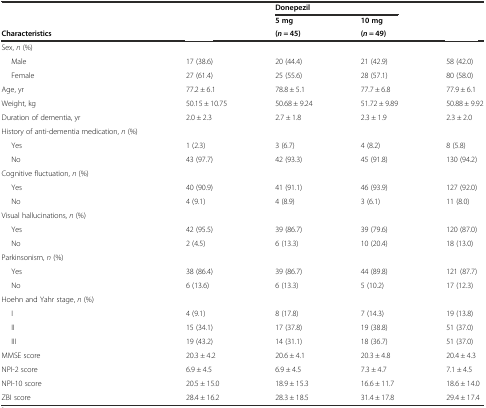
<table><thead><tr><td>[EMPTY_CELL]</td><td>[EMPTY_CELL]</td><td colspan="2"><b>Donepezil</b></td><td>[EMPTY_CELL]</td></tr><tr><td>[EMPTY_CELL]</td><td>[EMPTY_CELL]</td><td><b>5 mg</b></td><td><b>10 mg</b></td><td>[EMPTY_CELL]</td></tr><tr><td><b>Characteristics</b></td><td>[EMPTY_CELL]</td><td><b>(<i>n</i> = 45)</b></td><td><b>(<i>n</i> = 49)</b></td><td>[EMPTY_CELL]</td></tr></thead><tbody><tr><td>Sex, <i>n</i> (%)</td><td>[EMPTY_CELL]</td><td>[EMPTY_CELL]</td><td>[EMPTY_CELL]</td><td>[EMPTY_CELL]</td></tr><tr><td>Male</td><td>17 (38.6)</td><td>20 (44.4)</td><td>21 (42.9)</td><td>58 (42.0)</td></tr><tr><td>Female</td><td>27 (61.4)</td><td>25 (55.6)</td><td>28 (57.1)</td><td>80 (58.0)</td></tr><tr><td>Age, yr</td><td>77.2 ± 6.1</td><td>78.8 ± 5.1</td><td>77.7 ± 6.8</td><td>77.9 ± 6.1</td></tr><tr><td>Weight, kg</td><td>50.15 ± 10.75</td><td>50.68 ± 9.24</td><td>51.72 ± 9.89</td><td>50.88 ± 9.92</td></tr><tr><td>Duration of dementia, yr</td><td>2.0 ± 2.3</td><td>2.7 ± 1.8</td><td>2.3 ± 1.9</td><td>2.3 ± 2.0</td></tr><tr><td>History of anti-dementia medication, <i>n</i> (%)</td><td>[EMPTY_CELL]</td><td>[EMPTY_CELL]</td><td>[EMPTY_CELL]</td><td>[EMPTY_CELL]</td></tr><tr><td>Yes</td><td>1 (2.3)</td><td>3 (6.7)</td><td>4 (8.2)</td><td>8 (5.8)</td></tr><tr><td>No</td><td>43 (97.7)</td><td>42 (93.3)</td><td>45 (91.8)</td><td>130 (94.2)</td></tr><tr><td>Cognitive fluctuation, <i>n</i> (%)</td><td>[EMPTY_CELL]</td><td>[EMPTY_CELL]</td><td>[EMPTY_CELL]</td><td>[EMPTY_CELL]</td></tr><tr><td>Yes</td><td>40 (90.9)</td><td>41 (91.1)</td><td>46 (93.9)</td><td>127 (92.0)</td></tr><tr><td>No</td><td>4 (9.1)</td><td>4 (8.9)</td><td>3 (6.1)</td><td>11 (8.0)</td></tr><tr><td>Visual hallucinations, <i>n</i> (%)</td><td>[EMPTY_CELL]</td><td>[EMPTY_CELL]</td><td>[EMPTY_CELL]</td><td>[EMPTY_CELL]</td></tr><tr><td>Yes</td><td>42 (95.5)</td><td>39 (86.7)</td><td>39 (79.6)</td><td>120 (87.0)</td></tr><tr><td>No</td><td>2 (4.5)</td><td>6 (13.3)</td><td>10 (20.4)</td><td>18 (13.0)</td></tr><tr><td>Parkinsonism, <i>n</i> (%)</td><td>[EMPTY_CELL]</td><td>[EMPTY_CELL]</td><td>[EMPTY_CELL]</td><td>[EMPTY_CELL]</td></tr><tr><td>Yes</td><td>38 (86.4)</td><td>39 (86.7)</td><td>44 (89.8)</td><td>121 (87.7)</td></tr><tr><td>No</td><td>6 (13.6)</td><td>6 (13.3)</td><td>5 (10.2)</td><td>17 (12.3)</td></tr><tr><td>Hoehn and Yahr stage, <i>n</i> (%)</td><td>[EMPTY_CELL]</td><td>[EMPTY_CELL]</td><td>[EMPTY_CELL]</td><td>[EMPTY_CELL]</td></tr><tr><td>I</td><td>4 (9.1)</td><td>8 (17.8)</td><td>7 (14.3)</td><td>19 (13.8)</td></tr><tr><td>II</td><td>15 (34.1)</td><td>17 (37.8)</td><td>19 (38.8)</td><td>51 (37.0)</td></tr><tr><td>III</td><td>19 (43.2)</td><td>14 (31.1)</td><td>18 (36.7)</td><td>51 (37.0)</td></tr><tr><td>MMSE score</td><td>20.3 ± 4.2</td><td>20.6 ± 4.1</td><td>20.3 ± 4.8</td><td>20.4 ± 4.3</td></tr><tr><td>NPI-2 score</td><td>6.9 ± 4.5</td><td>6.9 ± 4.5</td><td>7.3 ± 4.7</td><td>7.1 ± 4.5</td></tr><tr><td>NPI-10 score</td><td>20.5 ± 15.0</td><td>18.9 ± 15.3</td><td>16.6 ± 11.7</td><td>18.6 ± 14.0</td></tr><tr><td>ZBI score</td><td>28.4 ± 16.2</td><td>28.3 ± 18.5</td><td>31.4 ± 17.8</td><td>29.4 ± 17.4</td></tr></tbody></table>